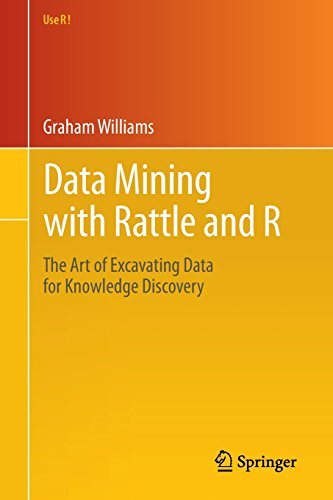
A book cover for Data Mining with Rattle and R: The Art of Excavating Data for Knowledge Discovery (Use R!); Graham Williams; Computers & Technology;